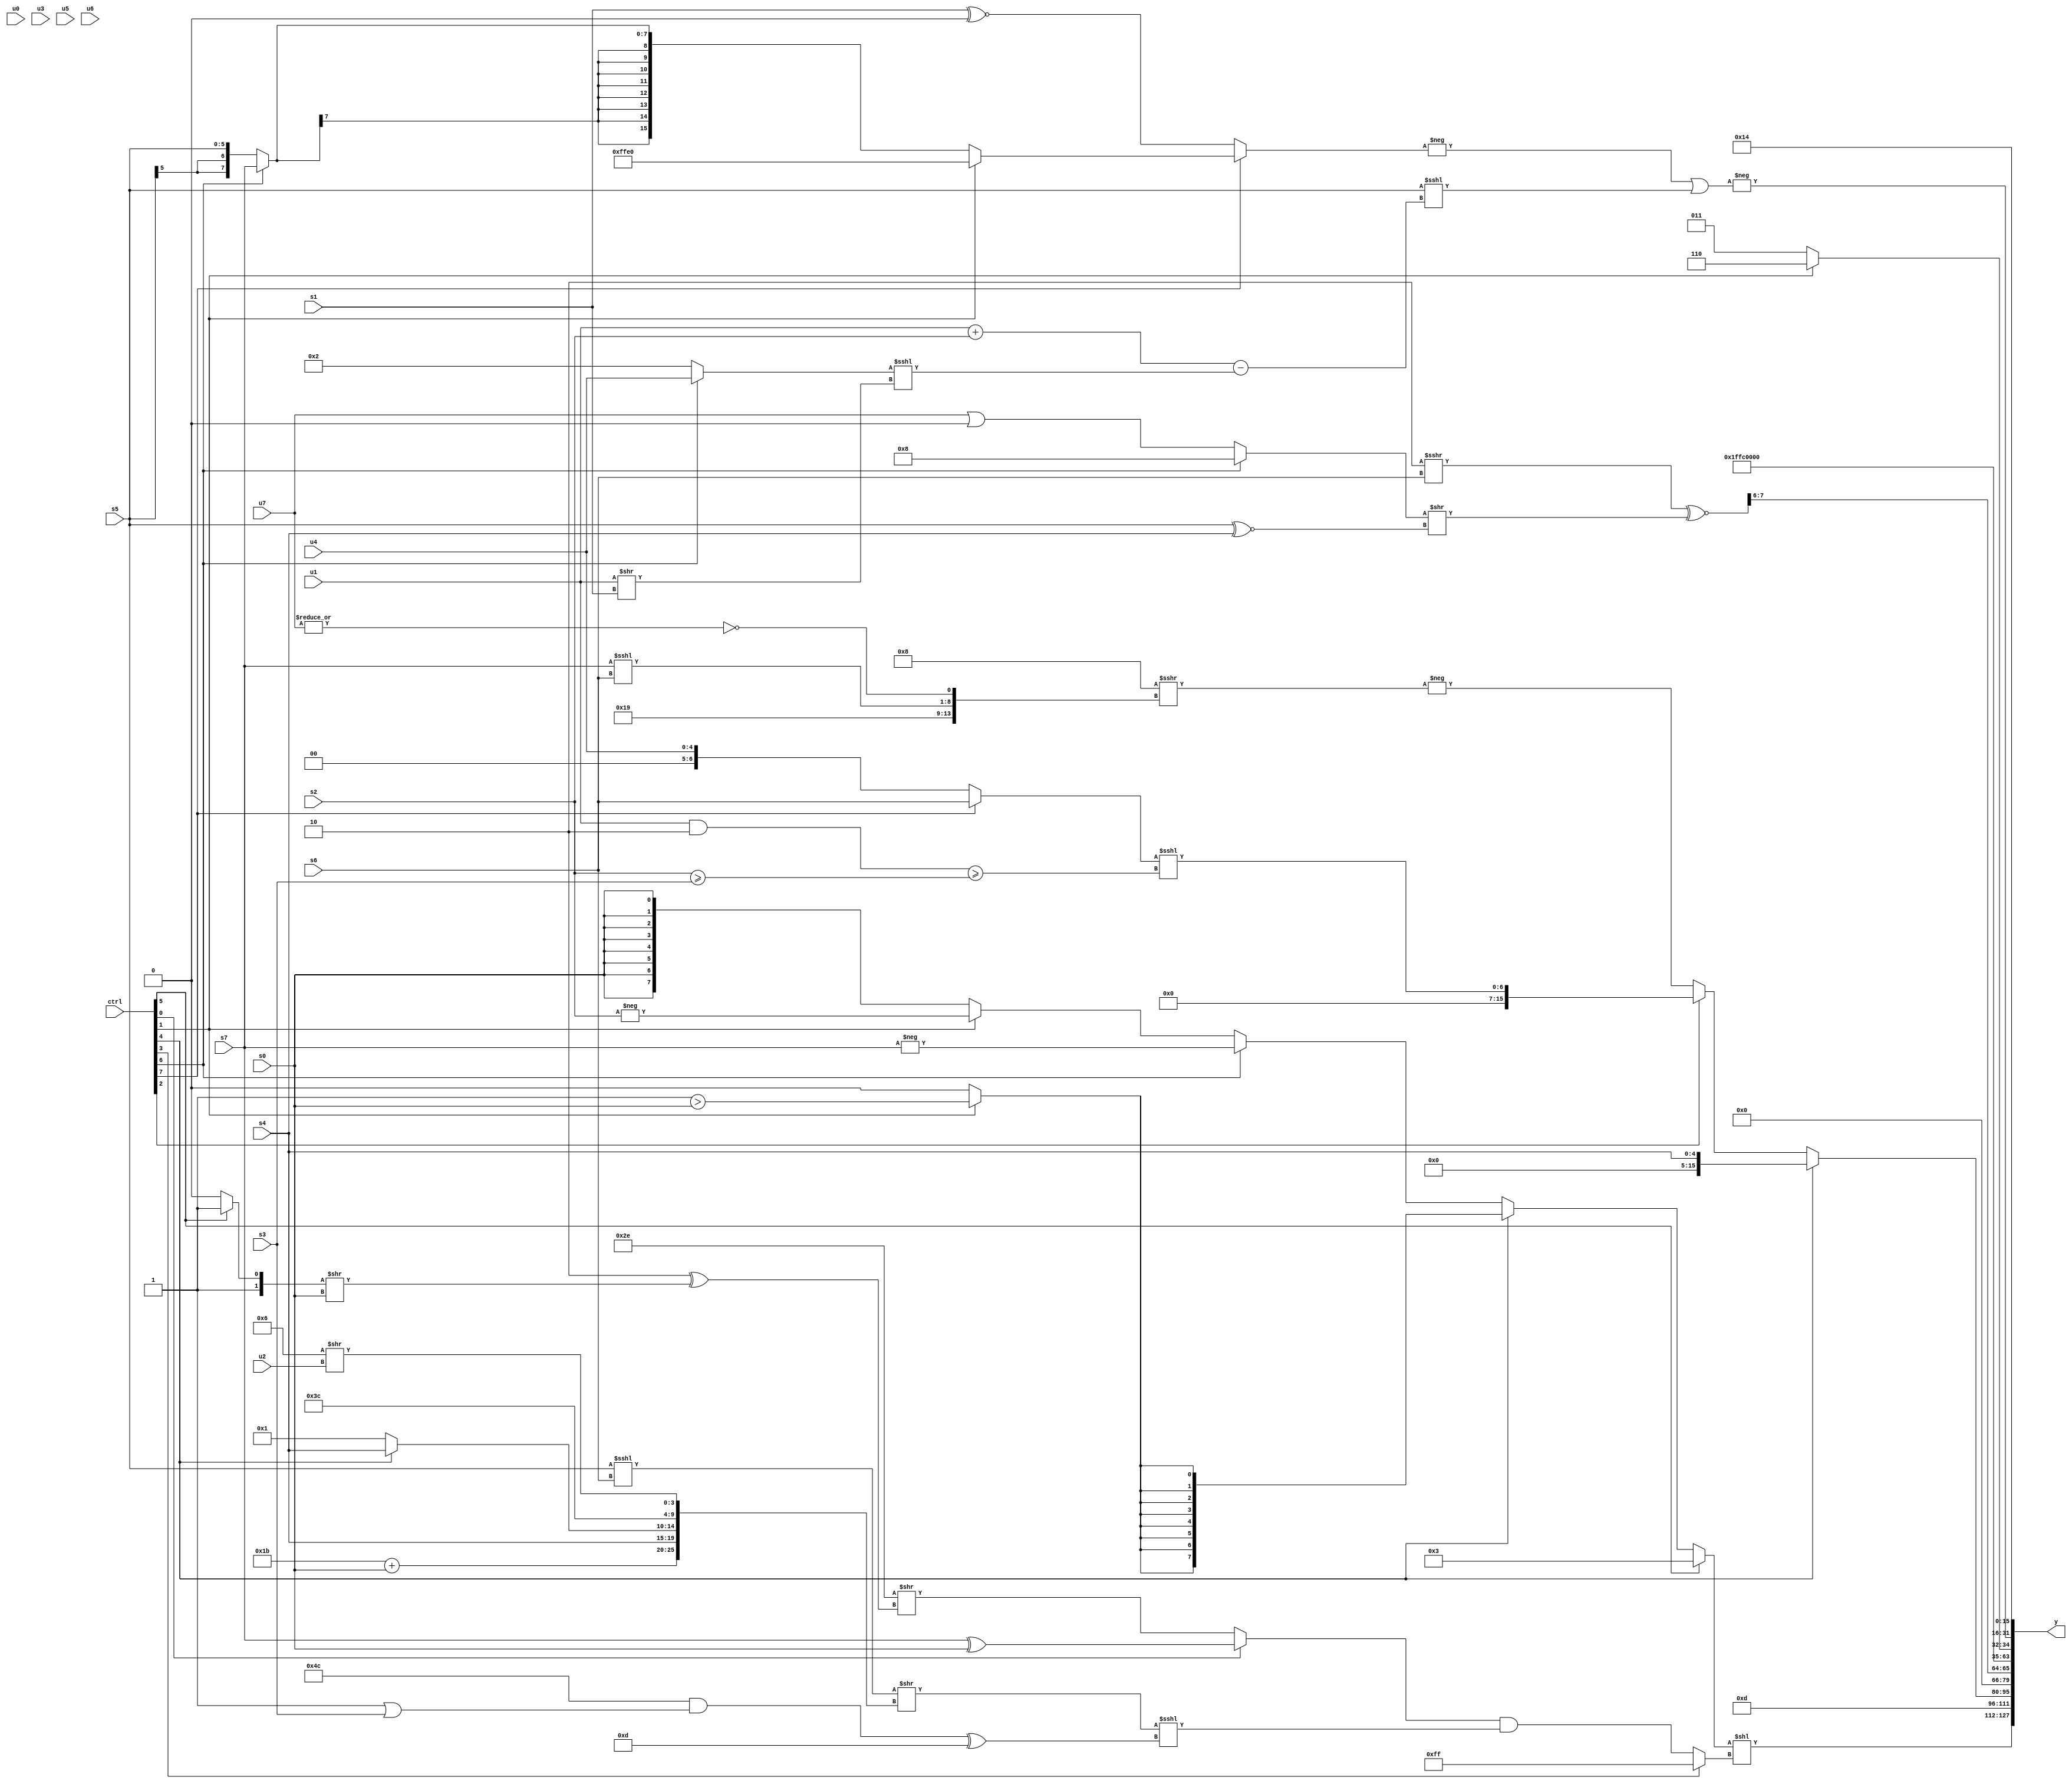
module wideexpr_00064(ctrl, u0, u1, u2, u3, u4, u5, u6, u7, s0, s1, s2, s3, s4, s5, s6, s7, y);
  input [7:0] ctrl;
  input [0:0] u0;
  input [1:0] u1;
  input [2:0] u2;
  input [3:0] u3;
  input [4:0] u4;
  input [5:0] u5;
  input [6:0] u6;
  input [7:0] u7;
  input signed [0:0] s0;
  input signed [1:0] s1;
  input signed [2:0] s2;
  input signed [3:0] s3;
  input signed [4:0] s4;
  input signed [5:0] s5;
  input signed [6:0] s6;
  input signed [7:0] s7;
  output [127:0] y;
  wire [15:0] y0;
  wire [15:0] y1;
  wire [15:0] y2;
  wire [15:0] y3;
  wire [15:0] y4;
  wire [15:0] y5;
  wire [15:0] y6;
  wire [15:0] y7;
  assign y = {y0,y1,y2,y3,y4,y5,y6,y7};
  assign y0 = ((ctrl[5]?2'sb11:{(ctrl[4]?$signed($signed((ctrl[1]?(1'sb1)>(s0):(1'sb0)>(4'sb0000)))):(ctrl[6]?-(s7):(ctrl[1]?-(s2):(s0)>>>($unsigned(1'b1)))))}))<<((ctrl[3]?2'sb11:((ctrl[0]?($signed(+($signed(s7))))^(s0):(6'sb101110)>>((4'sb1110)^(((ctrl[5]?1'sb1:2'sb10))>>(s0)))))&((($signed((s5)<<<((ctrl[5]?s6:s6))))>>({((6'sb001011)|(6'sb011010))+($signed(s0)),s4,{(ctrl[4]?s4:2'sb01),$signed(4'sb1111),$signed(2'sb00),(4'sb0110)>>(u2)}}))<<<({(({4'sb1001,3'sb100})&((3'b001)|(s3)))^(4'b1101)}))));
  assign y1 = 5'sb01101;
  assign y2 = (ctrl[4]?s4:(ctrl[2]?+(+($unsigned(((ctrl[7]?s6:u4))<<<(((u1)&(2'b10))>=((s2)>=(s3)))))):-(+($unsigned((+($signed(4'sb1000)))>>>({{1{5'sb11001}},(s7)<<<(s6),~|(u7)}))))));
  assign y3 = ({($signed(($signed(2'b10))>>>(s6)))^~(((ctrl[6]?4'sb1000:(+(u7))|((s0)>>(3'sb010))))>>(+($signed((s5)^~(s4))))),s3,6'b000101})>>(5'sb10000);
  assign y4 = 6'sb100000;
  assign y5 = $signed((ctrl[1]?4'b0110:5'b00011));
  assign y6 = -(((-((ctrl[7]?(ctrl[1]?6'sb100000:(ctrl[6]?s7:s5)):(s1)^~((1'sb0)>>(5'sb11001)))))|((s5)<<<(($signed((u1)+(s2)))-(((ctrl[6]?u4:2'b10))<<<((u1)>>(s1))))))<<<(+(2'b00)));
  assign y7 = 6'sb010100;
endmodule